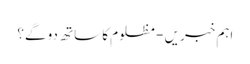
اہم خبریں - مظلوم کا ساتھ دو گے؟